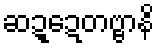
ဆဍ္ဍေတဗ္ဗာနိ